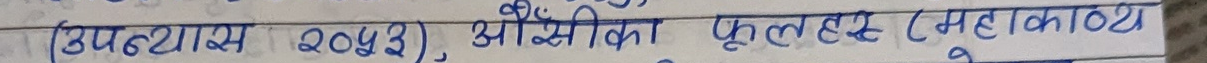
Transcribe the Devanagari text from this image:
(उपट्ट्यास २०५३), अँग्रैजीका फूल्हड (महाकाव्य